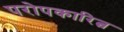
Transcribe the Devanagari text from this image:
परोपकारित्व